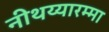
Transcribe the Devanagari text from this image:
नीथय्यारम्मा